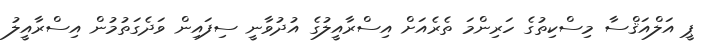
ޕީ އަލްއަޤްސާ މިސްކިތުގެ ހަރިންމަ ތެރެއަށް އިސްރާއީލުގެ އުދުވާނީ ސިފައިން ވަދެގަތުމުން އިސްރާއީލު